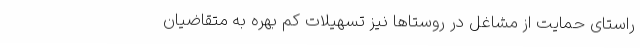
راستای حمایت از مشاغل در روستاها نیز تسهیلات کم بهره به متقاضیان